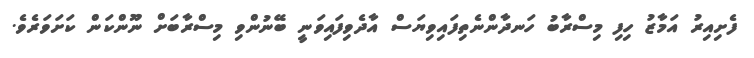
ފެށިއިރު އަމާޒު ހިފި މިސްރާބު ހަނދާންނެތިފައިވިޔަސް އާދެވިފައިވަނީ ބޭނުންވި މިސްރާބަށް ނޫންކަން ކަށަވަރެވެ.